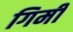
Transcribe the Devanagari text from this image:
गिर्मी